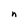
Character: n